Source: Handwritten
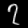
Digit: ၇ (7)